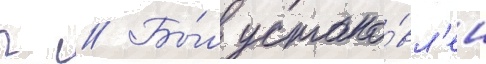
г // Бы́л устано́вл'ен